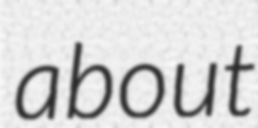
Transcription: about